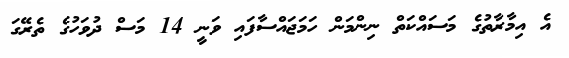
އެ އިމާރާތުގެ މަސައްކަތް ނިންމަން ހަމަޖައްސާފައި ވަނީ 14 މަސް ދުވަހުގެ ތެރޭގަ